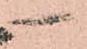
一